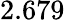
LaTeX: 2.679